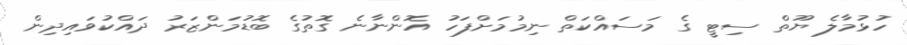
ހުޅުމާލެ ޔޫތް ސިޓީ ގެ މަސައްކަތް ނިމުމަށްފަހު އޮންނާނެ ގޮތުގެ ބޮޑުމަންޒަރު ދައްކުވައިދިން